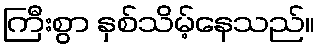
ကြီးစွာ နှစ်သိမ့်နေသည်။